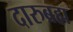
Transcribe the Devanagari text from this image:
दारुब्रह्म